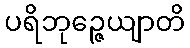
ပရိဘုဉ္ဇေယျာတိ